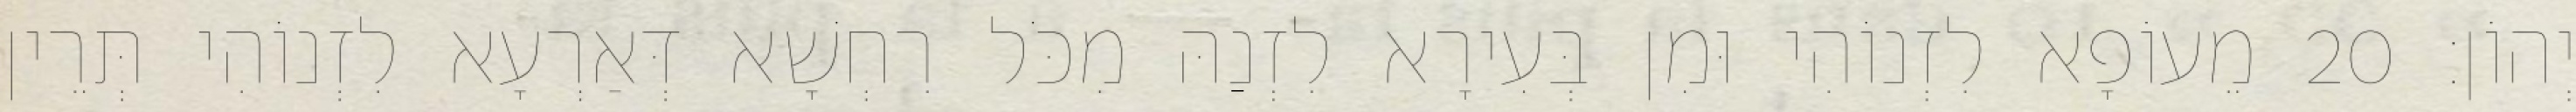
יְהוֹן׃ 20 מֵעוֹפָא לִזְנוֹהִי וּמִן בְּעִירָא לִזְנַהּ מִכֹּל רִחְשָׁא דְּאַרְעָא לִזְנוֹהִי תְּרֵין